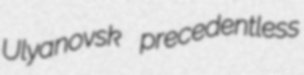
Ulyanovsk precedentless